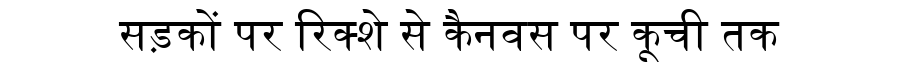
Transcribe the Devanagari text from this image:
सड़कों पर रिक्शे से कैनवस पर कूची तक